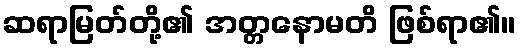
ဆရာမြတ်တို့၏ အတ္တနောမတိ ဖြစ်ရာ၏။